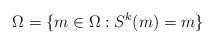
LaTeX: \begin{align*}\Omega^{} = \{m \in \Omega: S^k(m) = m \} \end{align*}